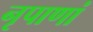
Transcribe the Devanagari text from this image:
नृपाणां